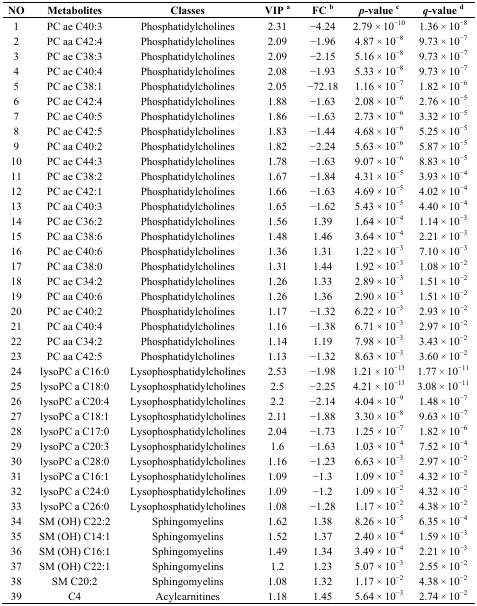
<table><thead><tr><td><b>NO</b></td><td><b>Metabolites</b></td><td><b>Classes</b></td><td><b>VIP a</b></td><td><b>FC b</b></td><td><b><i>p</i>-value c</b></td><td><b><i>q</i>-value d</b></td></tr></thead><tbody><tr><td>1</td><td>PC ae C40:3</td><td>Phosphatidylcholines</td><td>2.31</td><td>−4.24</td><td>2.79 × 10<sup>−10</sup></td><td>1.36 × 10<sup>−8</sup></td></tr><tr><td>2</td><td>PC aa C42:4</td><td>Phosphatidylcholines</td><td>2.09</td><td>−1.96</td><td>4.87 × 10<sup>−8</sup></td><td>9.73 × 10<sup>−7</sup></td></tr><tr><td>3</td><td>PC ae C38:3</td><td>Phosphatidylcholines</td><td>2.09</td><td>−2.15</td><td>5.16 × 10<sup>−8</sup></td><td>9.73 × 10<sup>−7</sup></td></tr><tr><td>4</td><td>PC ae C40:4</td><td>Phosphatidylcholines</td><td>2.08</td><td>−1.93</td><td>5.33 × 10<sup>−8</sup></td><td>9.73 × 10<sup>−7</sup></td></tr><tr><td>5</td><td>PC ae C38:1</td><td>Phosphatidylcholines</td><td>2.05</td><td>−72.18</td><td>1.16 × 10<sup>−7</sup></td><td>1.82 × 10<sup>−6</sup></td></tr><tr><td>6</td><td>PC ae C42:4</td><td>Phosphatidylcholines</td><td>1.88</td><td>−1.63</td><td>2.08 × 10<sup>−6</sup></td><td>2.76 × 10<sup>−5</sup></td></tr><tr><td>7</td><td>PC ae C40:5</td><td>Phosphatidylcholines</td><td>1.86</td><td>−1.63</td><td>2.73 × 10<sup>−6</sup></td><td>3.32 × 10<sup>−5</sup></td></tr><tr><td>8</td><td>PC ae C42:5</td><td>Phosphatidylcholines</td><td>1.83</td><td>−1.44</td><td>4.68 × 10<sup>−6</sup></td><td>5.25 × 10<sup>−5</sup></td></tr><tr><td>9</td><td>PC aa C40:2</td><td>Phosphatidylcholines</td><td>1.82</td><td>−2.24</td><td>5.63 × 10<sup>−6</sup></td><td>5.87 × 10<sup>−5</sup></td></tr><tr><td>10</td><td>PC ae C44:3</td><td>Phosphatidylcholines</td><td>1.78</td><td>−1.63</td><td>9.07 × 10<sup>−6</sup></td><td>8.83 × 10<sup>−5</sup></td></tr><tr><td>11</td><td>PC ae C38:2</td><td>Phosphatidylcholines</td><td>1.67</td><td>−1.84</td><td>4.31 × 10<sup>−5</sup></td><td>3.93 × 10<sup>−4</sup></td></tr><tr><td>12</td><td>PC ae C42:1</td><td>Phosphatidylcholines</td><td>1.66</td><td>−1.63</td><td>4.69 × 10<sup>−5</sup></td><td>4.02 × 10<sup>−4</sup></td></tr><tr><td>13</td><td>PC aa C40:3</td><td>Phosphatidylcholines</td><td>1.65</td><td>−1.62</td><td>5.43 × 10<sup>−5</sup></td><td>4.40 × 10<sup>−4</sup></td></tr><tr><td>14</td><td>PC ae C36:2</td><td>Phosphatidylcholines</td><td>1.56</td><td>1.39</td><td>1.64 × 10<sup>−4</sup></td><td>1.14 × 10<sup>−3</sup></td></tr><tr><td>15</td><td>PC aa C38:6</td><td>Phosphatidylcholines</td><td>1.48</td><td>1.46</td><td>3.64 × 10<sup>−4</sup></td><td>2.21 × 10<sup>−3</sup></td></tr><tr><td>16</td><td>PC ae C40:6</td><td>Phosphatidylcholines</td><td>1.36</td><td>1.31</td><td>1.22 × 10<sup>−3</sup></td><td>7.10 × 10<sup>−3</sup></td></tr><tr><td>17</td><td>PC aa C38:0</td><td>Phosphatidylcholines</td><td>1.31</td><td>1.44</td><td>1.92 × 10<sup>−3</sup></td><td>1.08 × 10<sup>−2</sup></td></tr><tr><td>18</td><td>PC ae C34:2</td><td>Phosphatidylcholines</td><td>1.26</td><td>1.33</td><td>2.89 × 10<sup>−3</sup></td><td>1.51 × 10<sup>−2</sup></td></tr><tr><td>19</td><td>PC aa C40:6</td><td>Phosphatidylcholines</td><td>1.26</td><td>1.36</td><td>2.90 × 10<sup>−3</sup></td><td>1.51 × 10<sup>−2</sup></td></tr><tr><td>20</td><td>PC ae C40:2</td><td>Phosphatidylcholines</td><td>1.17</td><td>−1.32</td><td>6.22 × 10<sup>−3</sup></td><td>2.93 × 10<sup>−2</sup></td></tr><tr><td>21</td><td>PC aa C40:4</td><td>Phosphatidylcholines</td><td>1.16</td><td>−1.38</td><td>6.71 × 10<sup>−3</sup></td><td>2.97 × 10<sup>−2</sup></td></tr><tr><td>22</td><td>PC aa C34:2</td><td>Phosphatidylcholines</td><td>1.14</td><td>1.19</td><td>7.98 × 10<sup>−3</sup></td><td>3.43 × 10<sup>−2</sup></td></tr><tr><td>23</td><td>PC aa C42:5</td><td>Phosphatidylcholines</td><td>1.13</td><td>−1.32</td><td>8.63 × 10<sup>−3</sup></td><td>3.60 × 10<sup>−2</sup></td></tr><tr><td>24</td><td>lysoPC a C16:0</td><td>Lysophosphatidylcholines</td><td>2.53</td><td>−1.98</td><td>1.21 × 10<sup>−13</sup></td><td>1.77 × 10<sup>−11</sup></td></tr><tr><td>25</td><td>lysoPC a C18:0</td><td>Lysophosphatidylcholines</td><td>2.5</td><td>−2.25</td><td>4.21 × 10<sup>−13</sup></td><td>3.08 × 10<sup>−11</sup></td></tr><tr><td>26</td><td>lysoPC a C20:4</td><td>Lysophosphatidylcholines</td><td>2.2</td><td>−2.14</td><td>4.04 × 10<sup>−9</sup></td><td>1.48 × 10<sup>−7</sup></td></tr><tr><td>27</td><td>lysoPC a C18:1</td><td>Lysophosphatidylcholines</td><td>2.11</td><td>−1.88</td><td>3.30 × 10<sup>−8</sup></td><td>9.63 × 10<sup>−7</sup></td></tr><tr><td>28</td><td>lysoPC a C17:0</td><td>Lysophosphatidylcholines</td><td>2.04</td><td>−1.73</td><td>1.25 × 10<sup>−7</sup></td><td>1.82 × 10<sup>−6</sup></td></tr><tr><td>29</td><td>lysoPC a C20:3</td><td>Lysophosphatidylcholines</td><td>1.6</td><td>−1.63</td><td>1.03 × 10<sup>−4</sup></td><td>7.52 × 10<sup>−4</sup></td></tr><tr><td>30</td><td>lysoPC a C28:0</td><td>Lysophosphatidylcholines</td><td>1.16</td><td>−1.23</td><td>6.63 × 10<sup>−3</sup></td><td>2.97 × 10<sup>−2</sup></td></tr><tr><td>31</td><td>lysoPC a C16:1</td><td>Lysophosphatidylcholines</td><td>1.09</td><td>−1.3</td><td>1.09 × 10<sup>−2</sup></td><td>4.32 × 10<sup>−2</sup></td></tr><tr><td>32</td><td>lysoPC a C24:0</td><td>Lysophosphatidylcholines</td><td>1.09</td><td>−1.2</td><td>1.09 × 10<sup>−2</sup></td><td>4.32 × 10<sup>−2</sup></td></tr><tr><td>33</td><td>lysoPC a C26:0</td><td>Lysophosphatidylcholines</td><td>1.08</td><td>−1.28</td><td>1.17 × 10<sup>−2</sup></td><td>4.38 × 10<sup>−2</sup></td></tr><tr><td>34</td><td>SM (OH) C22:2</td><td>Sphingomyelins</td><td>1.62</td><td>1.38</td><td>8.26 × 10<sup>−5</sup></td><td>6.35 × 10<sup>−4</sup></td></tr><tr><td>35</td><td>SM (OH) C14:1</td><td>Sphingomyelins</td><td>1.52</td><td>1.37</td><td>2.40 × 10<sup>−4</sup></td><td>1.59 × 10<sup>−3</sup></td></tr><tr><td>36</td><td>SM (OH) C16:1</td><td>Sphingomyelins</td><td>1.49</td><td>1.34</td><td>3.49 × 10<sup>−4</sup></td><td>2.21 × 10<sup>−3</sup></td></tr><tr><td>37</td><td>SM (OH) C22:1</td><td>Sphingomyelins</td><td>1.2</td><td>1.23</td><td>5.07 × 10<sup>−3</sup></td><td>2.55 × 10<sup>−2</sup></td></tr><tr><td>38</td><td>SM C20:2</td><td>Sphingomyelins</td><td>1.08</td><td>1.32</td><td>1.17 × 10<sup>−2</sup></td><td>4.38 × 10<sup>−2</sup></td></tr><tr><td>39</td><td>C4</td><td>Acylcarnitines</td><td>1.18</td><td>1.45</td><td>5.64 × 10<sup>−3</sup></td><td>2.74 × 10<sup>−2</sup></td></tr></tbody></table>